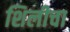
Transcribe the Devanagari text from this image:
शिलीचा